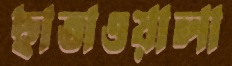
ছাতাওয়ালা